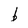
Character: b